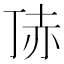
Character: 𧹚